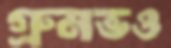
গ্রুমভও